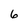
Character: 6